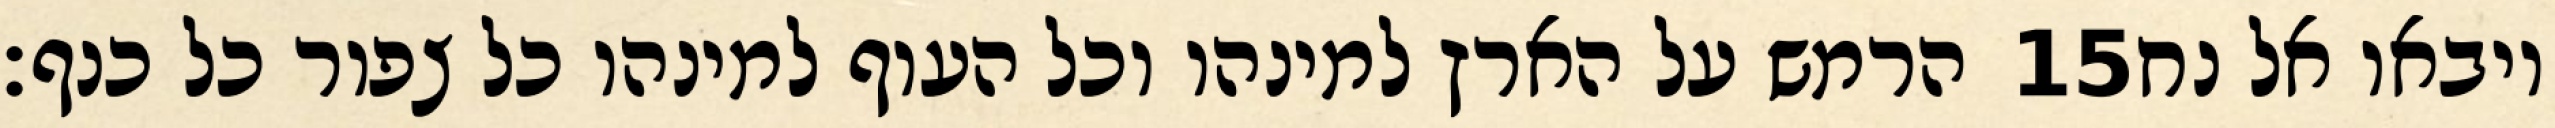
הרמש על הארץ למינהו וכל העוף למינהו כל צפור כל כנף׃ ‎15‏ ויבאו אל נח